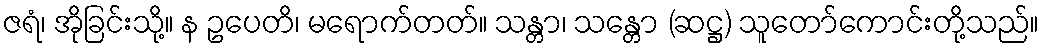
ဇရံ၊ အိုခြင်းသို့။ န ဥပေတိ၊ မရောက်တတ်။ သန္တာ၊ သန္တော (ဆဋ္ဌ) သူတော်ကောင်းတို့သည်။